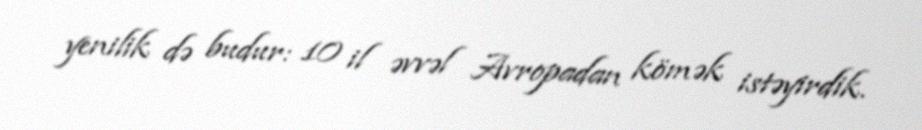
yenilik də budur: 10 il əvvəl Avropadan kömək istəyirdik.